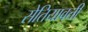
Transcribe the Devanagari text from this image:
सेतियावती